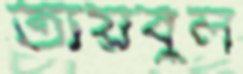
তায়বুল